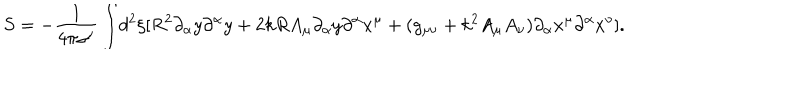
S = - \frac { 1 } { 4 \pi \alpha ^ { \prime } } \int \! { { d ^ { 2 } } \xi } [ { R ^ { 2 } } { \partial _ { \alpha } } { y } { \partial ^ { \alpha } } { y } + 2 k R { A _ { \mu } } { \partial _ { \alpha } } { y } { \partial ^ { \alpha } } { x ^ { \mu } } + ( g _ { \mu \nu } + { k ^ { 2 } } { A _ { \mu } } { A _ { \nu } } ) { \partial _ { \alpha } } { x ^ { \mu } } { \partial ^ { \alpha } } { x ^ { \nu } } ] .